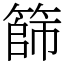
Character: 篩